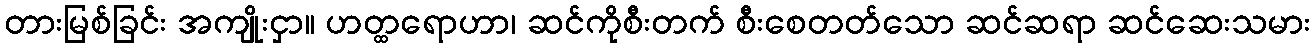
တားမြစ်ခြင်း အကျိုးငှာ။ ဟတ္ထရောဟာ၊ ဆင်ကိုစီးတက် စီးစေတတ်သော ဆင်ဆရာ ဆင်ဆေးသမား